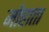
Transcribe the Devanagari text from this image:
मोहाता